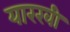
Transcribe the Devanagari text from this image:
यारखी